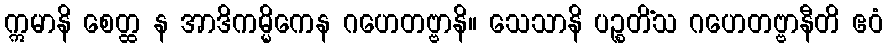
ဣမာနိ စေတ္ထ န အာဒိကမ္မိကေန ဂဟေတဗ္ဗာနိ။ သေသာနိ ပဉ္စတိံသ ဂဟေတဗ္ဗာနီတိ ဧဝံ